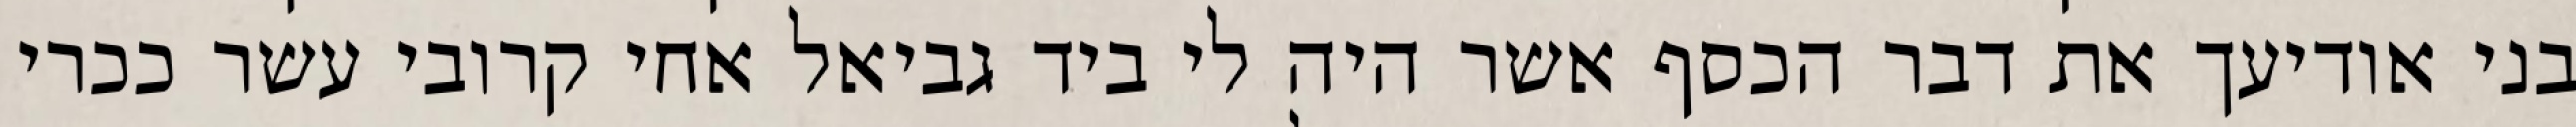
בני אודיעך את דבר הכסף אשר היה לי ביד גביאל אחי קרובי עשר ככרי